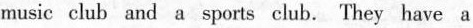
music club and a sports club. They have a